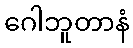
ဂေါဘူတာနံ